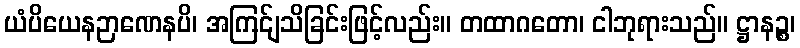
ယံပိယေနဉာဏေနပိ၊ အကြင်ျသိခြင်းဖြင့်လည်း။ တထာဂတော၊ ငါဘုရားသည်။ ဋ္ဌာနဉ္စ၊